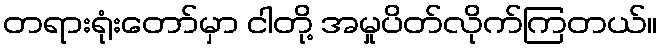
တရားရုံးတော်မှာ ငါတို့ အမှုပိတ်လိုက်ကြတယ်။